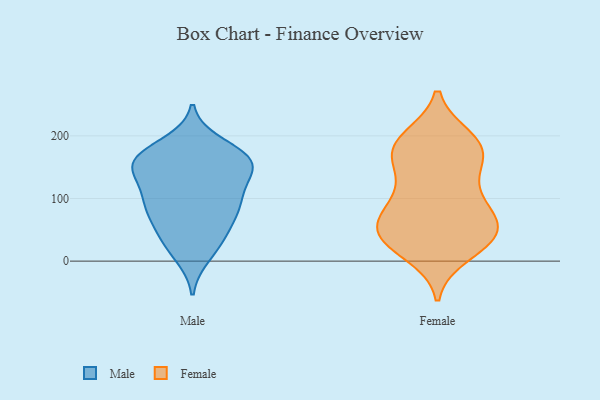
{"axis": {"x": "Market Share (%)", "y": "Value"}, "legend": ["Female", "Male"], "data": [{"x": "", "y": 154, "type": "Male"}, {"x": "", "y": 150, "type": "Male"}, {"x": "", "y": 86, "type": "Male"}, {"x": "", "y": 46, "type": "Male"}, {"x": "", "y": 166, "type": "Male"}, {"x": "", "y": 164, "type": "Male"}, {"x": "", "y": 80, "type": "Male"}, {"x": "", "y": 87, "type": "Male"}, {"x": "", "y": 162, "type": "Male"}, {"x": "", "y": 103, "type": "Male"}, {"x": "", "y": 115, "type": "Male"}, {"x": "", "y": 155, "type": "Male"}, {"x": "", "y": 135, "type": "Male"}, {"x": "", "y": 84, "type": "Male"}, {"x": "", "y": 186, "type": "Male"}, {"x": "", "y": 25, "type": "Male"}, {"x": "", "y": 41, "type": "Male"}, {"x": "", "y": 10, "type": "Male"}, {"x": "", "y": 163, "type": "Male"}, {"x": "", "y": 166, "type": "Female"}, {"x": "", "y": 76, "type": "Female"}, {"x": "", "y": 12, "type": "Female"}, {"x": "", "y": 58, "type": "Female"}, {"x": "", "y": 175, "type": "Female"}, {"x": "", "y": 85, "type": "Female"}, {"x": "", "y": 186, "type": "Female"}, {"x": "", "y": 34, "type": "Female"}, {"x": "", "y": 43, "type": "Female"}, {"x": "", "y": 113, "type": "Female"}, {"x": "", "y": 84, "type": "Female"}, {"x": "", "y": 48, "type": "Female"}, {"x": "", "y": 45, "type": "Female"}, {"x": "", "y": 25, "type": "Female"}, {"x": "", "y": 194, "type": "Female"}, {"x": "", "y": 42, "type": "Female"}, {"x": "", "y": 122, "type": "Female"}, {"x": "", "y": 196, "type": "Female"}, {"x": "", "y": 177, "type": "Female"}, {"x": "", "y": 159, "type": "Female"}]}